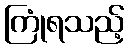
ကြုံရသည့်